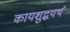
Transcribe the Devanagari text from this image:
कायशुद्धयर्थं